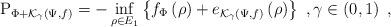
LaTeX: \begin{align*}\mathrm{P}_{\Phi +\mathcal{K}_{\gamma }\left( \Psi ,f\right) }=-\inf_{\rho\in E_{1}}\left\{ f_{\Phi }\left( \rho \right) +e_{\mathcal{K}_{\gamma}\left( \Psi ,f\right) }\left( \rho \right) \right\} \ ,\gamma \in\left( 0,1\right) \ , \end{align*}